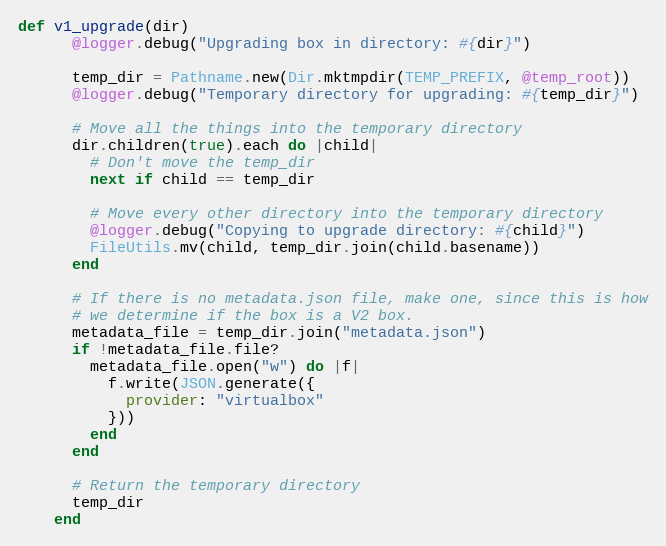
Language: Ruby
def v1_upgrade(dir)
      @logger.debug("Upgrading box in directory: #{dir}")

      temp_dir = Pathname.new(Dir.mktmpdir(TEMP_PREFIX, @temp_root))
      @logger.debug("Temporary directory for upgrading: #{temp_dir}")

      # Move all the things into the temporary directory
      dir.children(true).each do |child|
        # Don't move the temp_dir
        next if child == temp_dir

        # Move every other directory into the temporary directory
        @logger.debug("Copying to upgrade directory: #{child}")
        FileUtils.mv(child, temp_dir.join(child.basename))
      end

      # If there is no metadata.json file, make one, since this is how
      # we determine if the box is a V2 box.
      metadata_file = temp_dir.join("metadata.json")
      if !metadata_file.file?
        metadata_file.open("w") do |f|
          f.write(JSON.generate({
            provider: "virtualbox"
          }))
        end
      end

      # Return the temporary directory
      temp_dir
    end